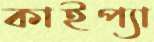
কাইপ্যা